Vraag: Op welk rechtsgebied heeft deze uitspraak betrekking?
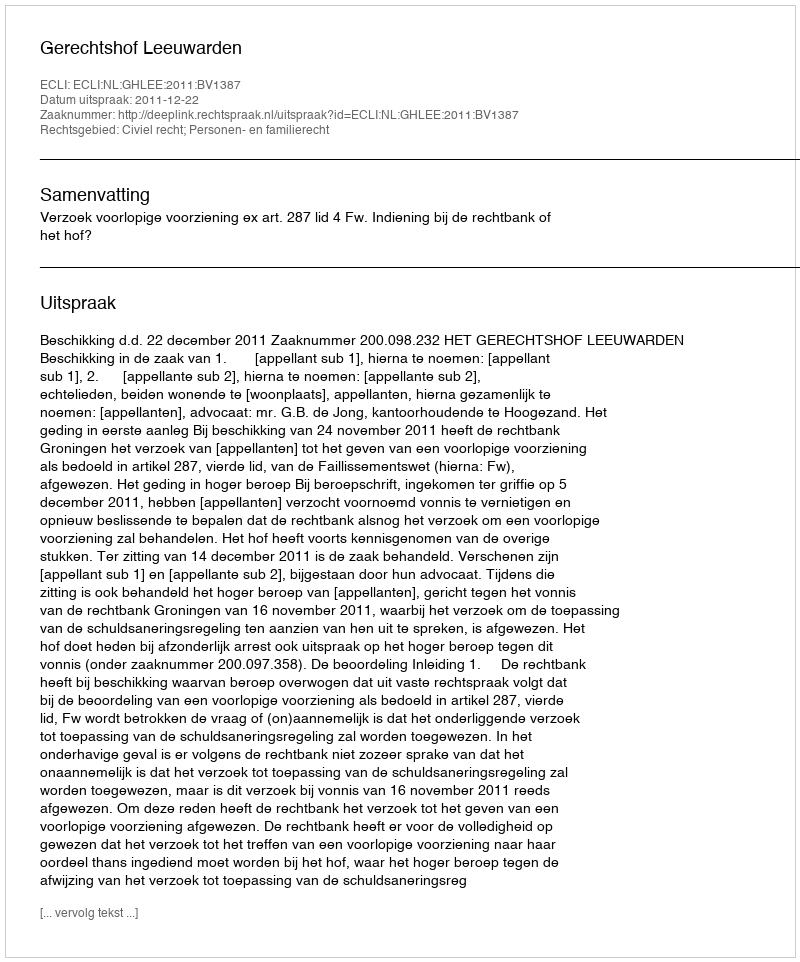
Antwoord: Civiel recht; Personen- en familierecht